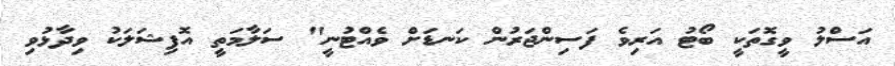
އަސްލު ވީގޮތަކީ ބޯޓު އަރިވެ ފަސިންޖަރުން ކަނޑަށް ވެއްޓުނީ" ސަލާމަތީ އޮފިޝަލަކު ވިދާޅުވި